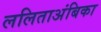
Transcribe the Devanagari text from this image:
ललिताअंबिका